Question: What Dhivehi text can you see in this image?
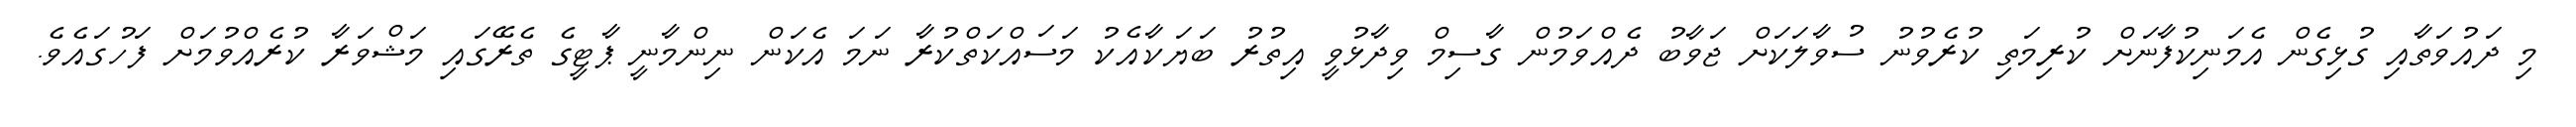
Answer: މި ދައުވަތާއި ގުޅިގެން އެމަނިކުފާނަށް ކުރިމަތި ކުރެވުނު ސުވާލަކަށް ޖަވާބު ދެއްވަމުން ގާސިމް ވިދާޅުވީ އިތުރު ބަޔަކާއެކު މަސައްކަތްކުރާ ނަމަ އެކަން ނިންމާނީ ޕާޓީގެ ތެރޭގައި މަޝްވަރާ ކުރެއްވުމަށް ފަހުގައެވެ.